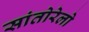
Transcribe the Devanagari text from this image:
सांतोरेलो